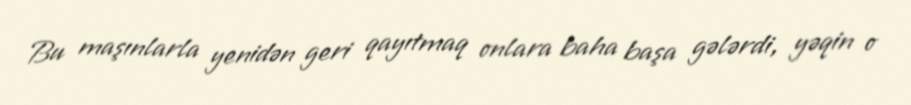
Bu maşınlarla yenidən geri qayıtmaq onlara baha başa gələrdi, yəqin o